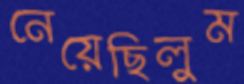
নেয়েছিলুম